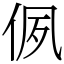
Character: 㑉